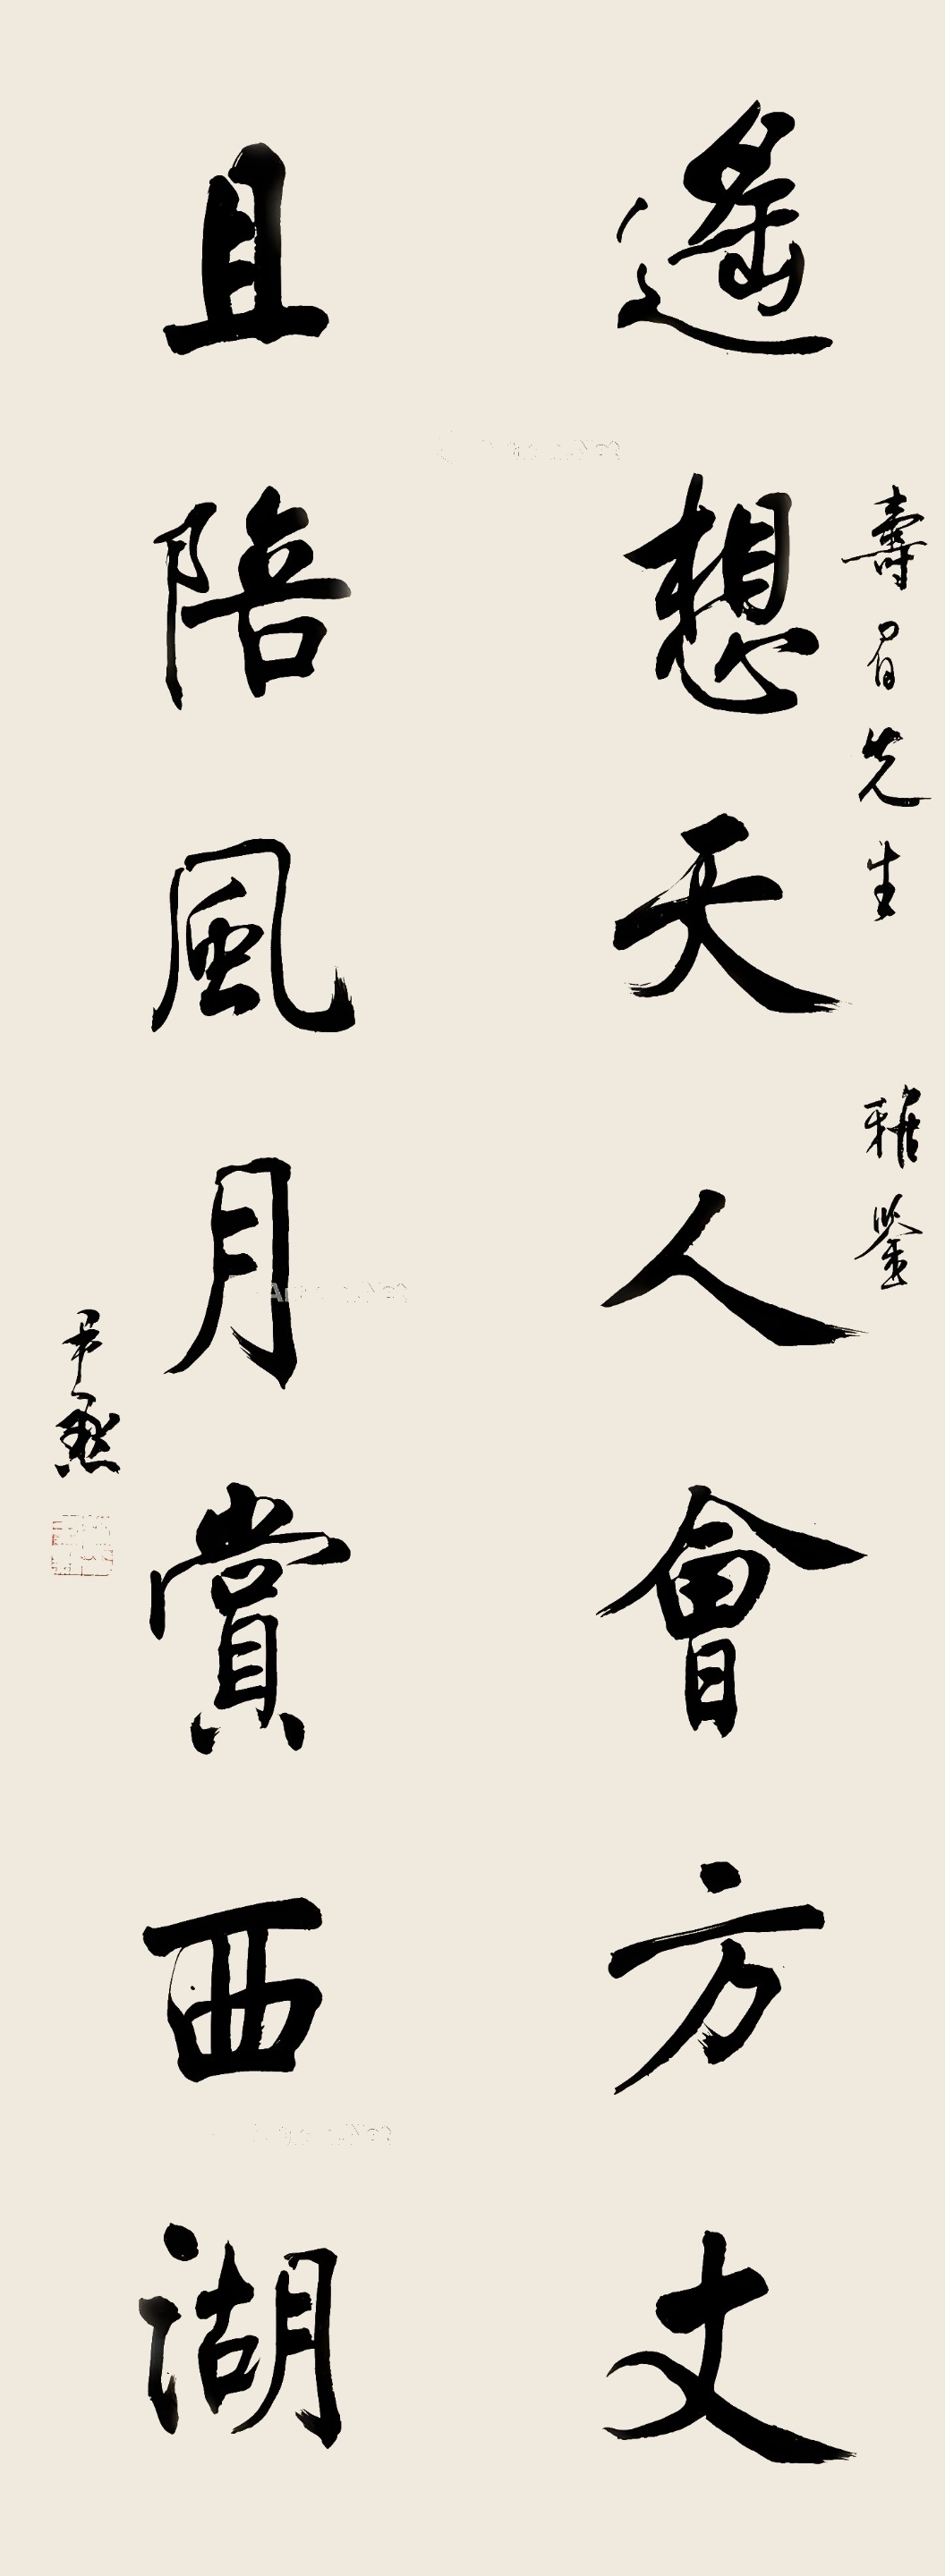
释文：遥想天人会方丈，且陪风月赏西湖。寿眉先生雅鉴，尹默。